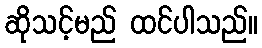
ဆိုသင့်မည် ထင်ပါသည်။